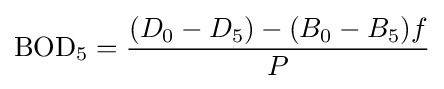
\mathrm {BOD} _{5}={\frac {(D_{0}-D_{5})-(B_{0}-B_{5})f}{P}}